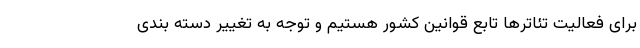
برای فعالیت تئاتر‌ها تابع قوانین کشور هستیم و توجه به تغییر دسته بندی